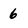
Character: 6